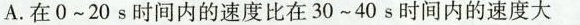
A.在0~20s时间内的速度比在30~40s时间内的速度大